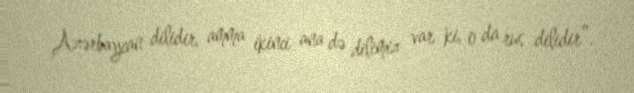
Azərbaycan dilidir, amma ikinci ana də dilimiz var ki, o da rus dilidir”.